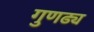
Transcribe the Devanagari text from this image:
गुणढ्य